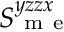
S _ { \mathrm { ~ m ~ e ~ } } ^ { y z z x }